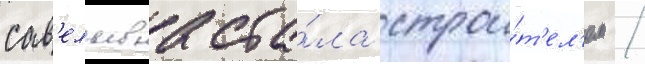
сав'ельевна ста́ла строи́т'ел'ем /